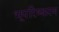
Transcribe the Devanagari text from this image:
भूपरिष्करण